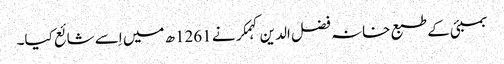
بمبئی کے طبع خانہ فضل الدین کہمکر نے 1261ھ میں اِسے شائع کیا۔